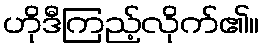
ဟိုဒီကြည့်လိုက်၏။